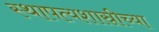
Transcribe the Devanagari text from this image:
स्थापत्यशास्रीच्या